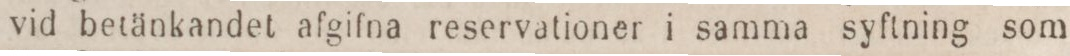
vid betänkandet afgifna reservationer i samma syftning som